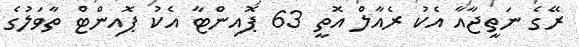
ރޭގެ ނަތީޖާއާ އެކު ރެއާލް އޮތީ 63 ޕޮއިންޓާ އެކު ޕޮއިންޓް ތާވަލުގެ